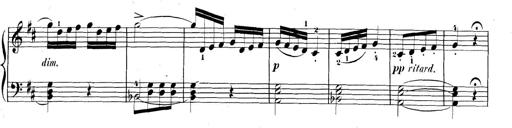
Title: 3 Sonatinen, Op.8
Composer: Isidor Wilhelm Seiss